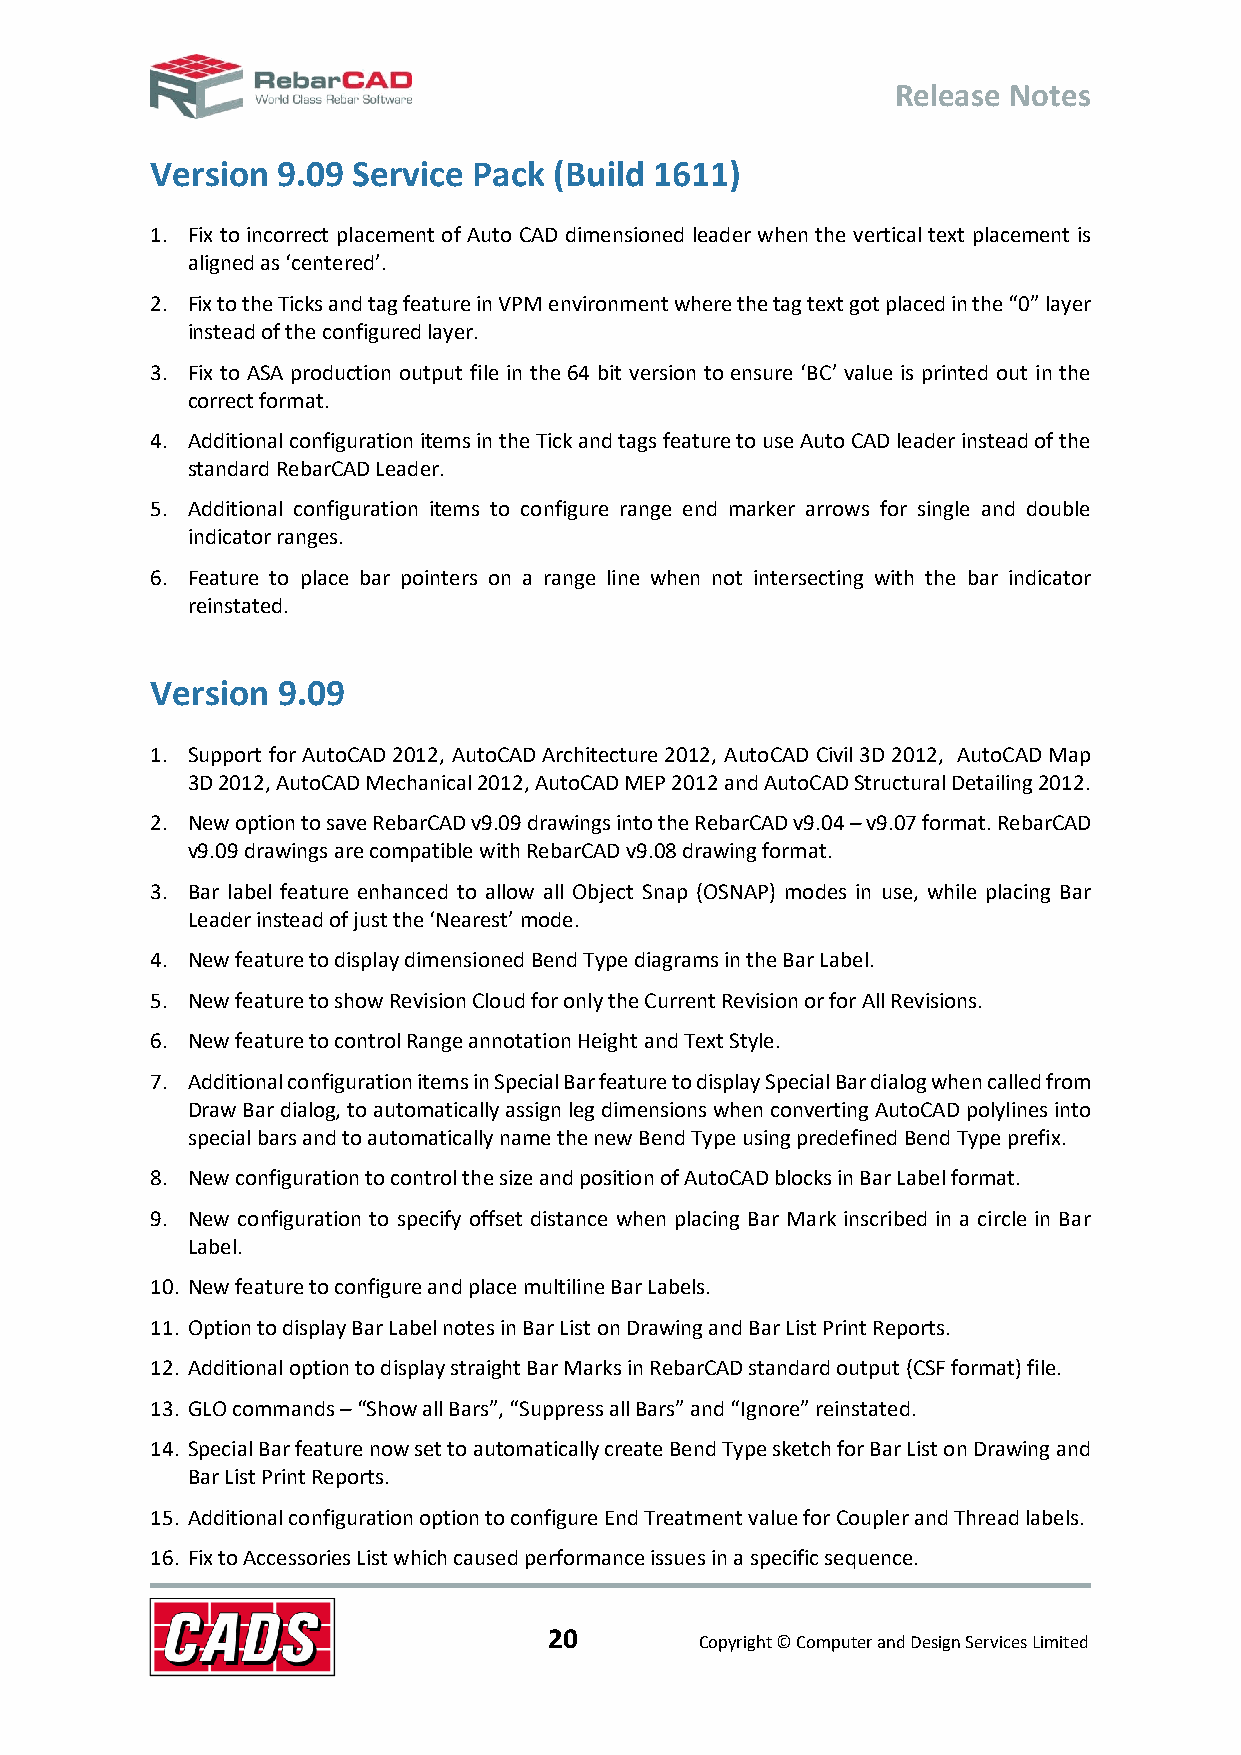
Release Notes
 Version 9.09 Service Pack  (Build 1611)
 1. Fix to incorrect placement of Auto CAD dimensioned leader when the vertical text placement is
 aligned as ‘centered’.
 2. Fix to the Ticks and tag feature in VPM environment where the tag text got placed in the “0” layer
 instead of the configured layer.
 3. Fix to ASA production output file in the 64 bit version to ensure ‘BC’ value is printed out in the
 correct format.
 4. Additional configuration items in the Tick and tags feature to use Auto CAD leader instead of the
 standard RebarCAD Leader.
 5. Additional configuration items to configure range end marker arrows for single and double
 indicator ranges.
 6. Feature to place bar pointers on a range line when not intersecting with the bar indicator
 reinstated.
 Version 9.09
 1. Support for AutoCAD 2012, AutoCAD Architecture 2012, AutoCAD Civil 3D 2012, AutoCAD Map
 3D 2012, AutoCAD Mechanical 2012, AutoCAD MEP 2012 and AutoCAD Structural Detailing 2012.
 2. New option to save RebarCAD v9.09 drawings into the RebarCAD v9.04 – v9.07 format. RebarCAD
 v9.09 drawings are compatible with RebarCAD v9.08 drawing format.
 3. Bar label feature enhanced to allow all Object Snap (OSNAP) modes in use, while placing Bar
 Leader instead of just the ‘Nearest’ mode.
 4. New feature to display dimensioned Bend Type diagrams in the Bar Label.
 5. New feature to show Revision Cloud for only the Current Revision or for All Revisions.
 6. New feature to control Range annotation Height and Text Style.
 7. Additional configuration items in Special Bar feature to display Special Bar dialog when called from
 Draw Bar dialog, to automatically assign leg dimensions when converting AutoCAD polylines into
 special bars and to automatically name the new Bend Type using predefined Bend Type prefix.
 8. New configuration to control the size and position of AutoCAD blocks in Bar Label format.
 9. New configuration to specify offset distance when placing Bar Mark inscribed in a circle in Bar
 Label.
 10. New feature to configure and place multiline Bar Labels.
 11. Option to display Bar Label notes in Bar List on Drawing and Bar List Print Reports.
 12. Additional option to display straight Bar Marks in RebarCAD standard output (CSF format) file.
 13. GLO commands – “Show all Bars”, “Suppress all Bars” and “Ignore” reinstated.
 14. Special Bar feature now set to automatically create Bend Type sketch for Bar List on Drawing and
 Bar List Print Reports.
 15. Additional configuration option to configure End Treatment value for Coupler and Thread labels.
 16. Fix to Accessories List which caused performance issues in a specific sequence.
 20
 Copyright © Computer and Design Services Limited